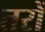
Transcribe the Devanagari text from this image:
तरों